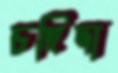
চহিদা